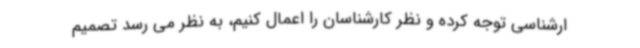
ارشناسی توجه کرده و نظر کارشناسان را اعمال کنیم، به نظر می رسد تصمیم